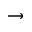
\rightarrow